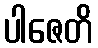
ပါဇေတိ